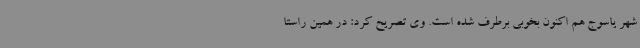
شهر یاسوج هم اکنون بخوبی برطرف شده است. وی تصریح کرد: در همین راستا